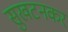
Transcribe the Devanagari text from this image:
सुखटनकर